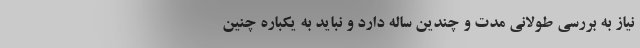
نیاز به بررسی طولانی مدت و چندین ساله دارد و نباید به یکباره چنین